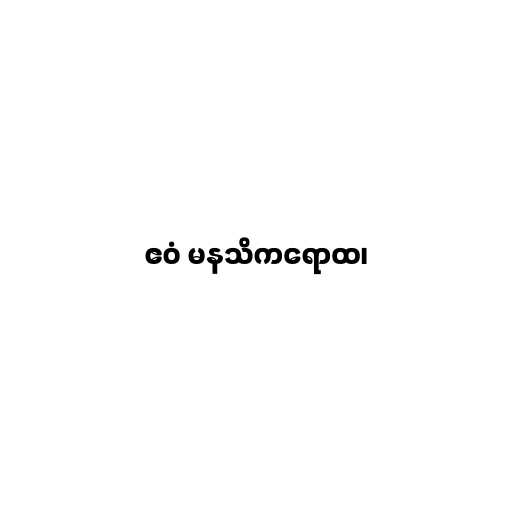
ဧဝံ မနသိကရောထ၊